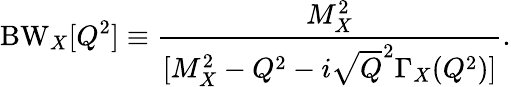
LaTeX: \mathrm{BW}_{X}[Q^{2}]\equiv{\frac{M_{X}^{2}}{[M_{X}^{2}-Q^{2}-i\sqrt Q^{2}\Gamma_{X}(Q^{2})]}}.